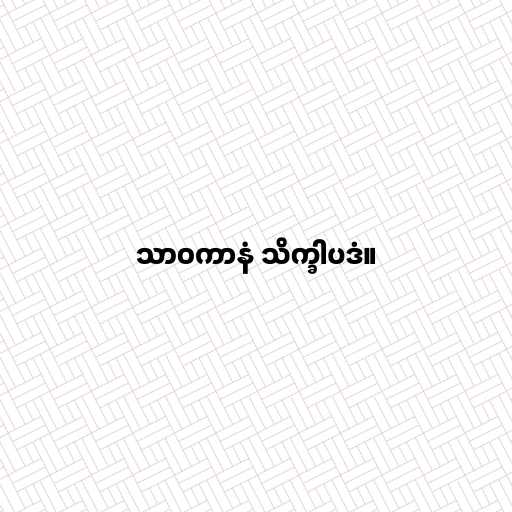
သာဝကာနံ သိက္ခါပဒံ။